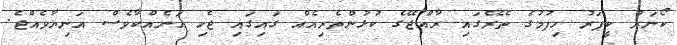
ކޯނަރު ކީޕަރު ހިފުމުގެ ތެރޭގައި ރާއްޖޭގެ ކުޅުންތެރިއެއް ގައިގައި ޖެހި އަނެއްކާވެސް އަނިޔާވެއްޖެ.